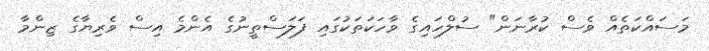
މަސައްކަތެއް ވެސް ކުރާނަން" ސުލްހައިގެ ވާހަކަތަކުގައި ފަލަސްތީނުގެ އެންމެ އިސް ވެރިޔާގެ ޒިންމާ